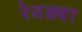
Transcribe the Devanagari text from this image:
रेवड्या